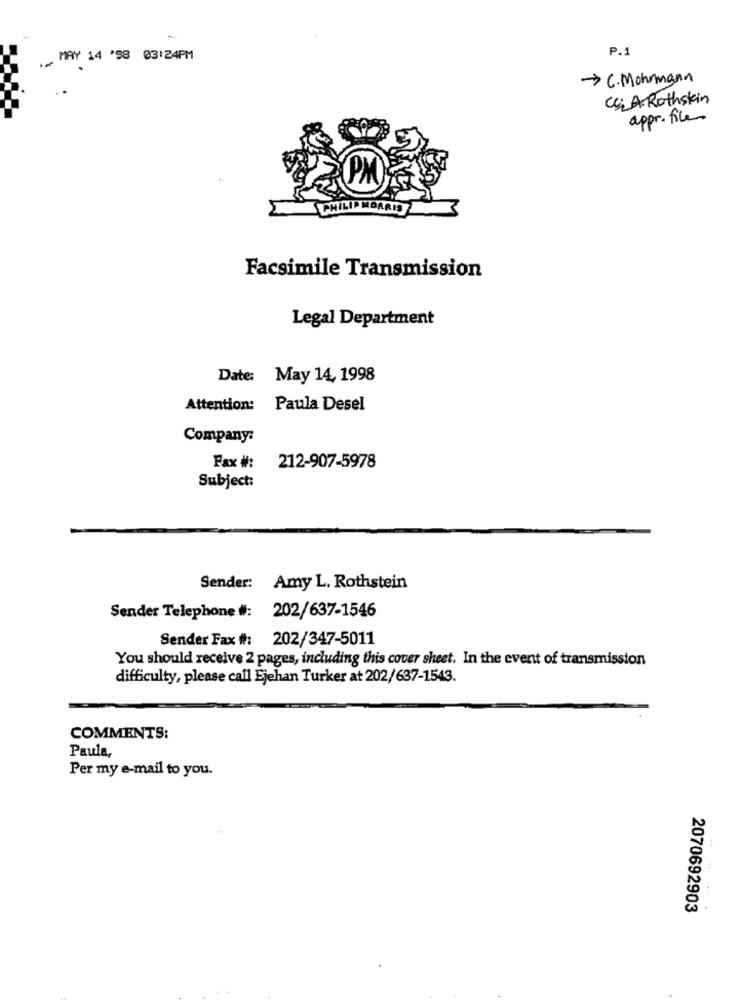
-
P.1
.. MAY 14 '98 03:24PM
-> C. Mohrmann
CCA Rothskin
appr. file
PM
Facsimile Transmission
Legal Department
Date:
May 14, 1998
Attention:
Paula Desel
Company:
Fax #:
212-907-5978
Subject:
Sender: Amy L. Rothstein
Sender Telephone #: 202/637-1546
Sender Fax #: 202/347-5011
You should receive 2 pages, including this cover sheet. In the event of transmission
difficulty, please call Ejehan Turker at 202/637-1543.
COMMENTS:
Paula,
Per my e-mail to you.
2070692903